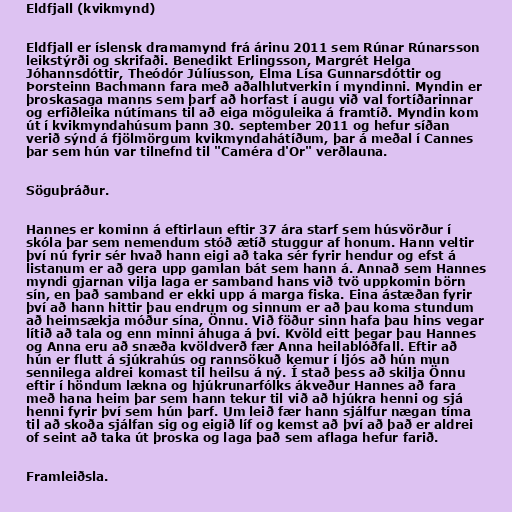
Eldfjall (kvikmynd)

Eldfjall er íslensk dramamynd frá árinu 2011 sem Rúnar Rúnarsson
leikstýrði og skrifaði. Benedikt Erlingsson, Margrét Helga
Jóhannsdóttir, Theódór Júlíusson, Elma Lísa Gunnarsdóttir og
Þorsteinn Bachmann fara með aðalhlutverkin í myndinni. Myndin er
þroskasaga manns sem þarf að horfast í augu við val fortíðarinnar
og erfiðleika nútímans til að eiga möguleika á framtíð. Myndin kom
út í kvikmyndahúsum þann 30. september 2011 og hefur síðan
verið sýnd á fjölmörgum kvikmyndahátíðum, þar á meðal í Cannes
þar sem hún var tilnefnd til "Caméra d'Or" verðlauna.

Söguþráður.

Hannes er kominn á eftirlaun eftir 37 ára starf sem húsvörður í
skóla þar sem nemendum stóð ætíð stuggur af honum. Hann veltir
því nú fyrir sér hvað hann eigi að taka sér fyrir hendur og efst á
listanum er að gera upp gamlan bát sem hann á. Annað sem Hannes
myndi gjarnan vilja laga er samband hans við tvö uppkomin börn
sín, en það samband er ekki upp á marga fiska. Eina ástæðan fyrir
því að hann hittir þau endrum og sinnum er að þau koma stundum
að heimsækja móður sína, Önnu. Við föður sinn hafa þau hins vegar
lítið að tala og enn minni áhuga á því. Kvöld eitt þegar þau Hannes
og Anna eru að snæða kvöldverð fær Anna heilablóðfall. Eftir að
hún er flutt á sjúkrahús og rannsökuð kemur í ljós að hún mun
sennilega aldrei komast til heilsu á ný. Í stað þess að skilja Önnu
eftir í höndum lækna og hjúkrunarfólks ákveður Hannes að fara
með hana heim þar sem hann tekur til við að hjúkra henni og sjá
henni fyrir því sem hún þarf. Um leið fær hann sjálfur nægan tíma
til að skoða sjálfan sig og eigið líf og kemst að því að það er aldrei
of seint að taka út þroska og laga það sem aflaga hefur farið.

Framleiðsla.